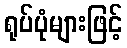
ရုပ်ပုံများဖြင့်